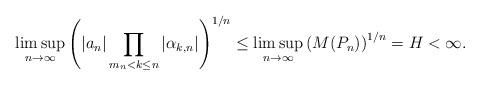
LaTeX: \begin{align*} \limsup_{n\to\infty} \left(|a_n| \prod_{m_n<k\le n} |\alpha_{k,n}| \right)^{1/n} \le \limsup_{n\to\infty} \left(M(P_n)\right)^{1/n} = H < \infty.\end{align*}